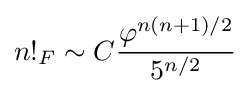
n!_{F}\sim C{\frac {\varphi ^{n(n+1)/2}}{5^{n/2}}}